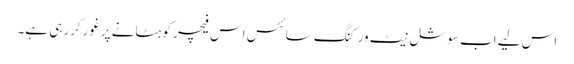
اس لیے اب سوشل نیٹ ورکنگ سائٹس اس فیچر کو ہٹانے پرغورکررہی ہے۔